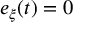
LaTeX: e _ { \xi } ( t ) = 0